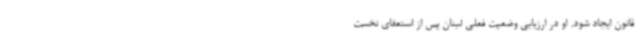
قانون ایجاد شود. او در ارزیابی وضعیت فعلی لبنان پس از استعفای نخست